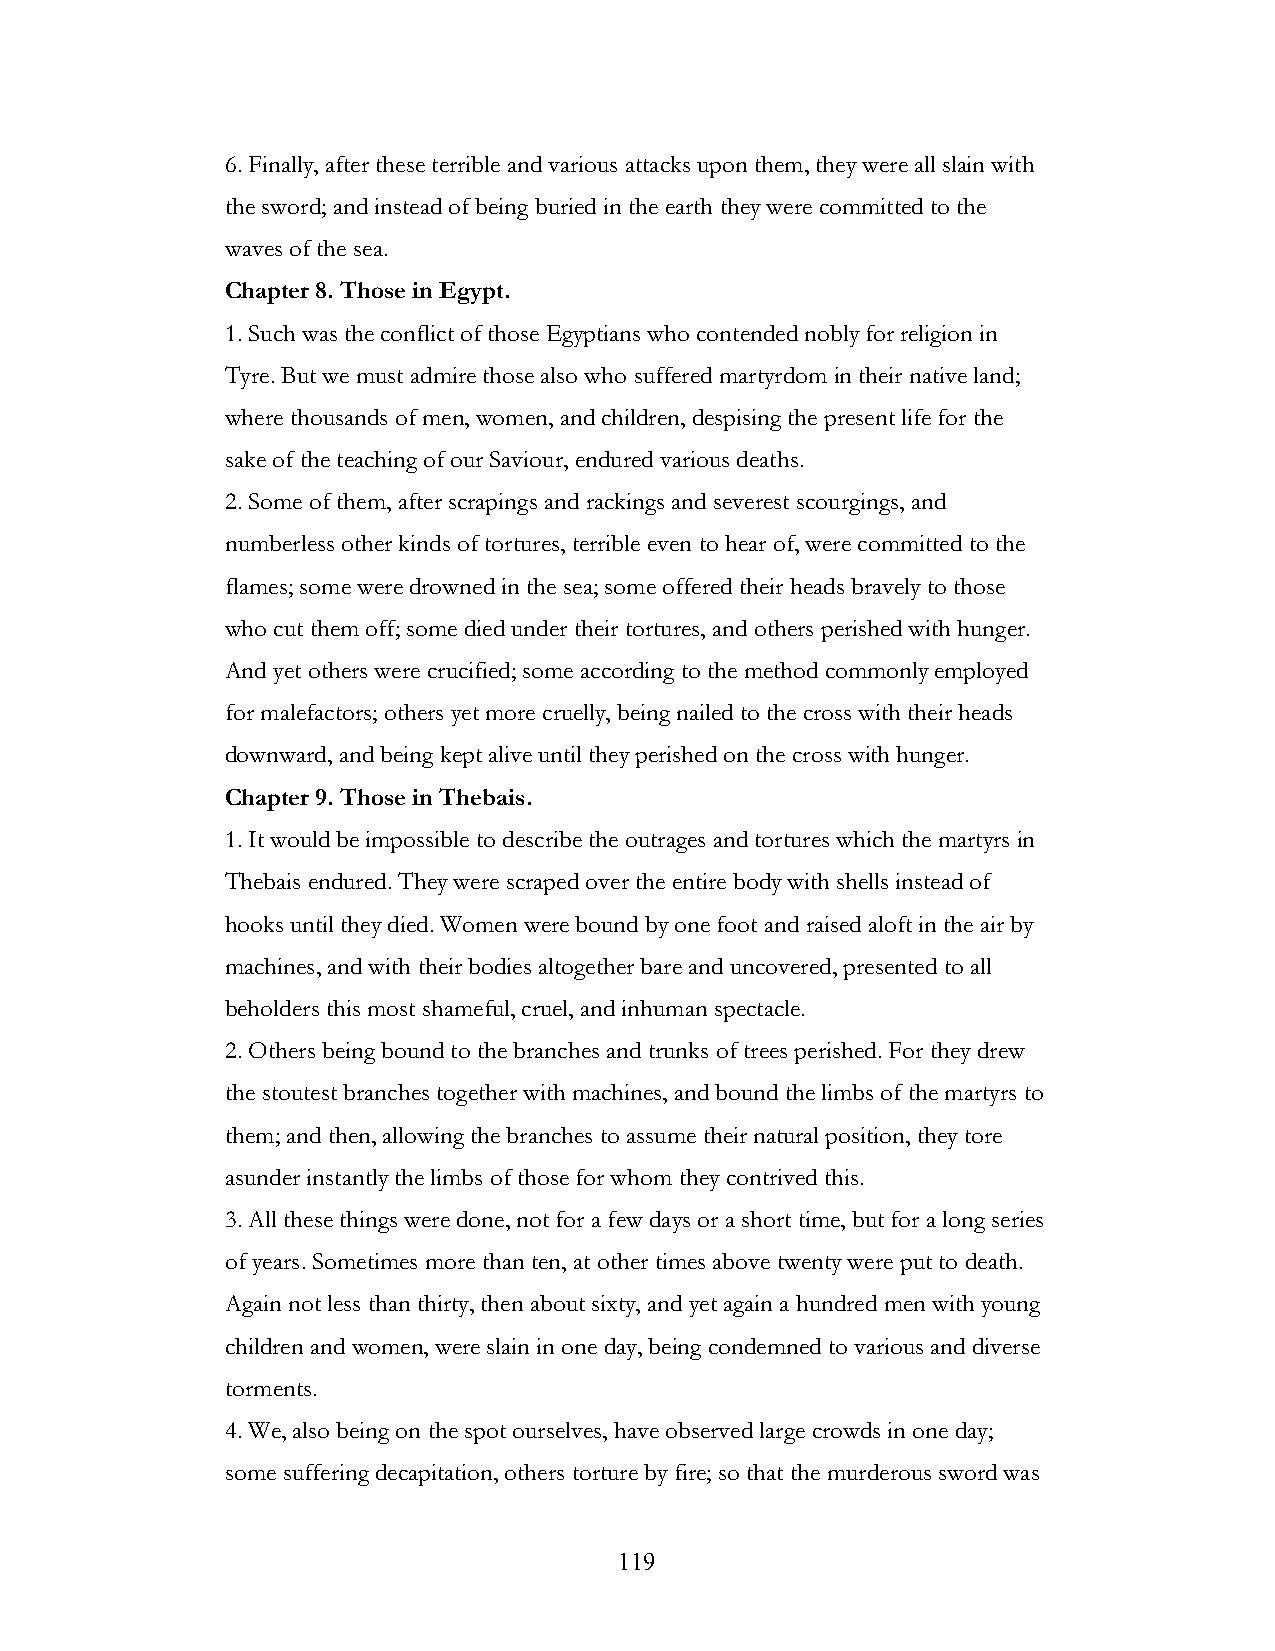
6. Finally, after these terrible and various attacks upon them, they were all slain with
 the sword; and instead of being buried in the earth they were committed to the
 waves of the sea.
 Chapter 8. Those in Egypt.
 1. Such was the conflict of those Egyptians who contended nobly for religion in
 Tyre. But we must admire those also who suffered martyrdom in their native land;
 where thousands of men, women, and children, despising the present life for the
 sake of the teaching of our Saviour, endured various deaths.
 2. Some of them, after scrapings and rackings and severest scourgings, and
 numberless other kinds of tortures, terrible even to hear of, were committed to the
 flames; some were drowned in the sea; some offered their heads bravely to those
 who cut them off; some died under their tortures, and others perished with hunger.
 And yet others were crucified; some according to the method commonly employed
 for malefactors; others yet more cruelly, being nailed to the cross with their heads
 downward, and being kept alive until they perished on the cross with hunger.
 Chapter 9. Those in Thebais.
 1. It would be impossible to describe the outrages and tortures which the martyrs in
 Thebais endured. They were scraped over the entire body with shells instead of
 hooks until they died. Women were bound by one foot and raised aloft in the air by
 machines, and with their bodies altogether bare and uncovered, presented to all
 beholders this most shameful, cruel, and inhuman spectacle.
 2. Others being bound to the branches and trunks of trees perished. For they drew
 the stoutest branches together with machines, and bound the limbs of the martyrs to
 them; and then, allowing the branches to assume their natural position, they tore
 asunder instantly the limbs of those for whom they contrived this.
 3. All these things were done, not for a few days or a short time, but for a long series
 of years. Sometimes more than ten, at other times above twenty were put to death.
 Again not less than thirty, then about sixty, and yet again a hundred men with young
 children and women, were slain in one day, being condemned to various and diverse
 torments.
 4. We, also being on the spot ourselves, have observed large crowds in one day;
 some suffering decapitation, others torture by fire; so that the murderous sword was
 !                         119